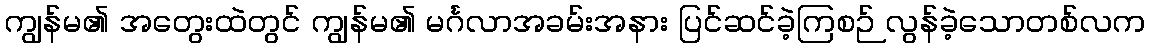
ကျွန်မ၏ အတွေးထဲတွင် ကျွန်မ၏ မင်္ဂလာအခမ်းအနား ပြင်ဆင်ခဲ့ကြစဉ် လွန်ခဲ့သောတစ်လက